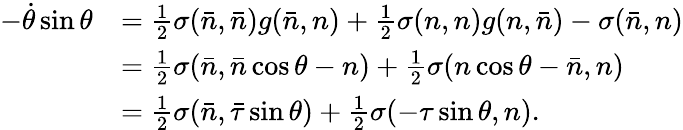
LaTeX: \begin{array}{rl}{-\dot{\theta}\sin\theta}&{=\frac{1}{2}\sigma(\bar{n},\bar{n})g(\bar{n},n)+\frac{1}{2}\sigma(n,n)g(n,\bar{n})-\sigma(\bar{n},n)}\\ &{=\frac{1}{2}\sigma(\bar{n},\bar{n}\cos\theta-n)+\frac{1}{2}\sigma(n\cos\theta-\bar{n},n)}\\ &{=\frac{1}{2}\sigma(\bar{n},\bar{\tau}\sin\theta)+\frac{1}{2}\sigma(-\tau\sin\theta,n).}\end{array}